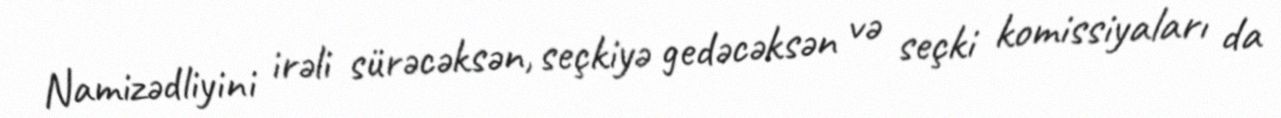
Namizədliyini irəli sürəcəksən, seçkiyə gedəcəksən və seçki komissiyaları da